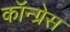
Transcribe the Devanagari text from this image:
कॉन्‍ग्रेस